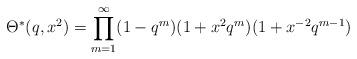
LaTeX: \begin{align*}\Theta ^*(q,x^2)=\prod _{m=1}^{\infty}(1-q^m)(1+x^2q^m)(1+x^{-2}q^{m-1})\end{align*}